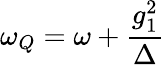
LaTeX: \omega_{Q}=\omega+\frac{g_{1}^{2}}{\Delta}